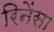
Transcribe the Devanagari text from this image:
रिनेंसा